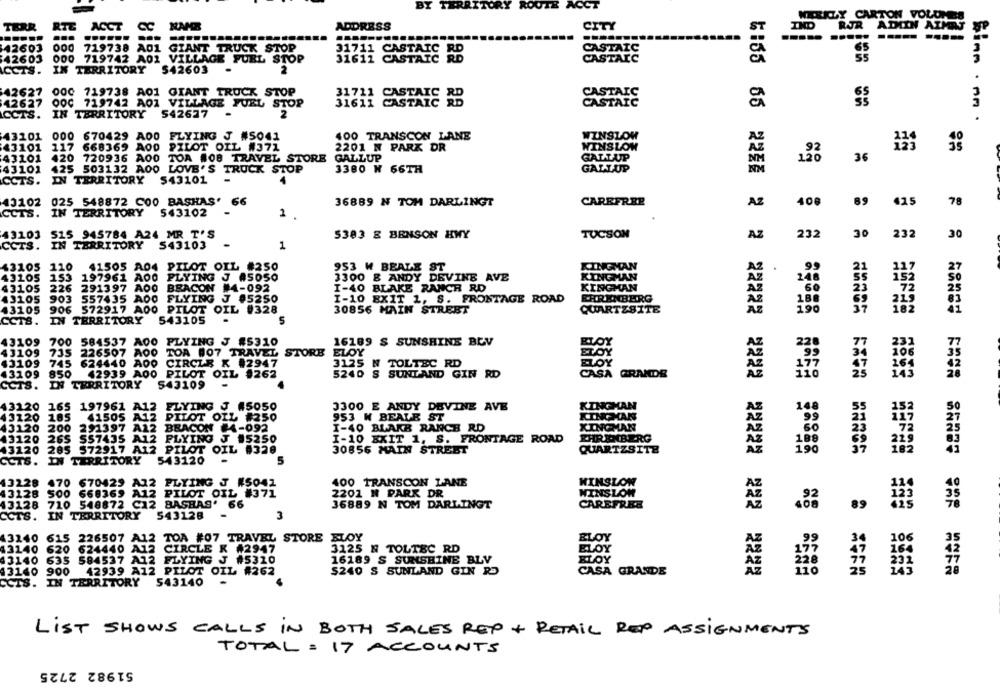
RT
RY ROUTE ACCT
WIERZY CARTON VOLUMES
TERR
RTE
ACCT CC
ADDRESS
CITY
IND
RJR ADIIN AIMRS
..... .....
--- ---
42603
000
719738 A01 GIANT TRUCK STOP
31711 CASTAIC RD
CASTAIC
42603
000 719742 A01 VILLAGE FUEL STOP
31611 CASTAIC RD
CASTAIC
55
IN TERRITORY
542603
2
CCTS.
42627
000 719738 A01 GIANT TRUCK STOP
CASTAIC
42627
OOC
719742 AO1 VILLAGE FUEL STOP
31711 CASTAIC
31611 CASTAIC
CASTAIC
CCTS.
IN TERRITORY
542677
2
Sinn . nn.
43201
000 670429 A00
FLYING J #5041
400 TRANSCON LANE
WINSLOW
43101
117 668369 AOD
PILOT OIL #371
2201 N PARK DR
WINSLOW
AZ
43101
420 720936 A00 TOA #08 TRAVEL STORE
GALLUP
GALLUP
120
36
43101
425 503132 A00 LOVE'S TRUCK STOP
3380 W 66TH
GALLUP
CCTS.
IN TERRITORY
$43101
43102
025 548872 C00 BASHAS' 66
36889 N TOM DARLINGT
CAREFREE
AZ
408
89
425
78
CCTS.
IN TERRITORY
543102
1
43103
515 945784 A24 MR T'S
5383 E BENSON HWY
TUCSON
30
AZ
232
30
232
CCTS.
IN TERRITORY
543103
1
$3105 110
41505 A04 PILOT OIL #250
953 ₩ BEALE ST
KINGMAN
.
99
43105 153 197961 A00 PLYING J #5050
3300 & ANDY DEVINE AVE
KINGMAN
248
43105
226
291397 A00 BEACON #4-092
I-40 BLAKE RANCH RD
KINGMAN
AZ
23
192
557435 A00 FLYING J #5250
I-10 EXIT 1, S. FRONTAGE ROAD
EHRENBERG
43105 903
18
43105
906 572917 A00 PILOT OIL #328
30856 MAIN STREET
QUARTZSITE
190
CCTS.
IN TERRITORY
543105
43109
700
584537 A00
PLYING J #5310
16189 $ SUNSHINE BEV
77
233
43109
735
226507 A00
TOA #07 TRAVEL STORE ELOY
22
43109 745 624440 A00
CIRCLE K #2947
3125 N TOLTEC RD
17
43109
850
42939 A00 PILOT OIL #262
5240 S SUNTAND GIN RD
CASA GRANDE
CCTS.
IN TERRITORY
543109
43120 165 197961 A12 FLYING J 45050
3300 E ANDY DEVINE AVE
KINGHAN
14
13120 185
41505 A12 PILOT OIL
953 W BEALE ST
KINGHAN
43120
200
291397 A12 BEACON #4-092
I-40 BLAKE RANCH RD
XINGMAN
43120 265 557435 A12 PLYING J 15250
I-10 EXIT 1, S. FRONTAGE ROAD
EHRENBERG
13120 285 572917 A12 PILOT OIL #320
30856 MAIN STREET
QUARTZSITE
EXGR MARCA
CCTS. IN TERRITORY
543120
5
43228 470 670429 A12 PLYING J #5041
400 TRANSCON LANE
HINSLON
43128 500 668369 A12 PILOT OIL #371
2201 N PARK DR
WINSLOW
43128 710 548872 C12 BASHAS' 66
36889 N TOM DARLINGT
CAREFREE
89
CCTS. IN TERRITORY
543128
3
43240
615 226507 A12 TOA #07 TRAVEL STORE FLOY
ELOY
99
106
3
43140 620 624440 A12 CIRCLE K #2947
3125 N TOLTEC RD
ELOY
17?
164
43140 635 584537 A12 FLYING J #5320
16189 S SUNSHINE BLV
ELOY
228
AZ
43140 900
42939 A12 PILOT OIL #262
$240 S SUNLAND GIN RO
CASA GRANDE
AZ
110
FACE SER00 988 ##FR
CCIS. IN TERRITORY
543140
LIST SHOWS CALLS IN BOTH SALES REP + RETAIL REP ASSIGNMENTS
TOTAL = 17 ACCOUNTS
51982 2725